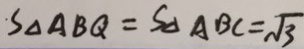
S _ { \Delta A B Q } = S _ { \Delta A B C } = \sqrt { 3 }